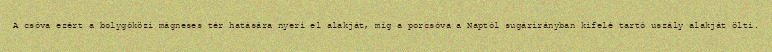
A csóva ezért a bolygóközi mágneses tér hatására nyeri el alakját, míg a porcsóva a Naptól sugárirányban kifelé tartó uszály alakját ölti.